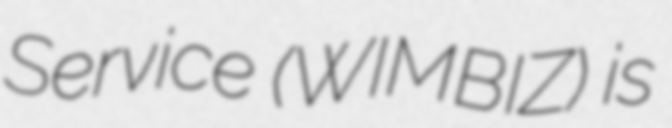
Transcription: Service (WIMBIZ) is